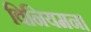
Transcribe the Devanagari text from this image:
विनियमन।